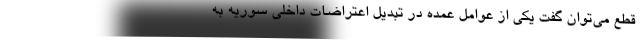
قطع می­توان گفت یکی از عوامل عمده در تبدیل اعتراضات داخلی سوریه به